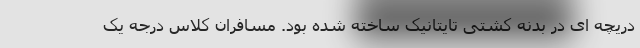
دریچه ای در بدنه کشتی تایتانیک ساخته شده بود. مسافران کلاس درجه یک